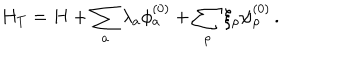
H _ { T } = H + \sum _ { a } \lambda _ { a } \phi _ { a } ^ { ( 0 ) } + \sum _ { \rho } \xi _ { \rho } \psi _ { \rho } ^ { ( 0 ) } \, .